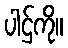
ပါဌ်ကို။